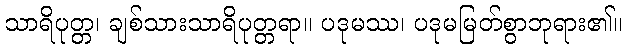
သာရိပုတ္တ၊ ချစ်သားသာရိပုတ္တရာ။ ပဒုမဿ၊ ပဒုမမြတ်စွာဘုရား၏။